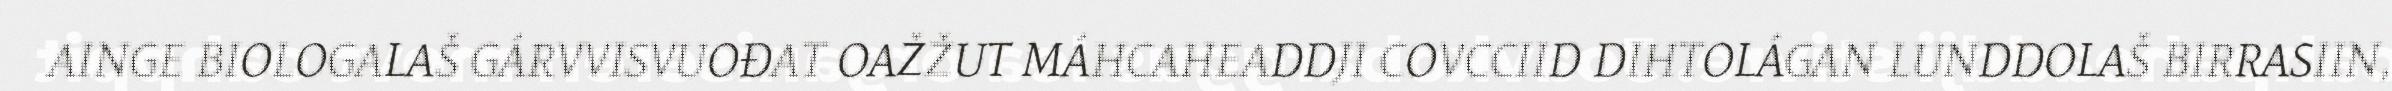
AINGE BIOLOGALAŠ GÁRVVISVUOĐAT OAŽŽUT MÁHCAHEADDJI COVCCIID DIHTOLÁGAN LUNDDOLAŠ BIRRASIIN,